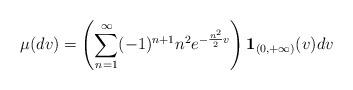
LaTeX: \begin{align*}\mu(dv)=\left(\sum_{n=1}^{\infty}(-1)^{n+1}n^2e^{-\frac{n^2}{2}v}\right){\bf 1}_{(0, +\infty)}(v)dv\end{align*}